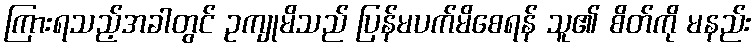
ကြားရသည့်အခါတွင် ဥကျုမိသည် ပြန်မပက်မိစေရန် သူ၏ စိတ်ကို မနည်း